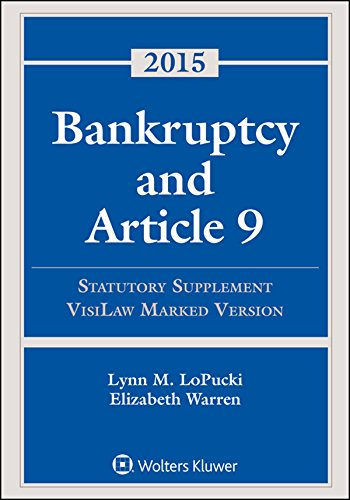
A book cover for Bankruptcy Article 9: 2015 Statutory Supplement, Visilaw Version; Lynn L. Lopucki; Law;